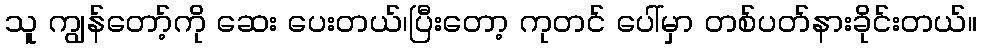
သူ ကျွန်တော့်ကို ဆေး ပေးတယ်၊ပြီးတော့ ကုတင် ပေါ်မှာ တစ်ပတ်နားခိုင်းတယ်။